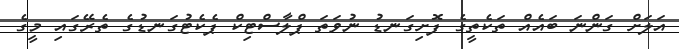
އަލަށް ގަންނަ ބައެއް ތަކެތީގެ ފޮށިގަނޑު ނުވަތަ ޕްލާސްޓިކް ޕެކެޓުގަނޑުގެ ތެރޭގައި މީގެ